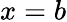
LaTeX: x=b